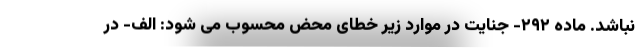
نباشد. ماده ۲۹۲- جنایت در موارد زیر خطای محض محسوب می شود: الف- در